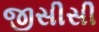
જીસીસી